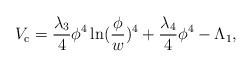
\begin{align*}V_{\rm c}={\lambda_3 \over 4} \phi^4 \ln ({\phi \over w})^4 + {\lambda_4 \over 4}\phi^4 - \Lambda_1,\end{align*}